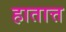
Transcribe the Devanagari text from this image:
हातात्त